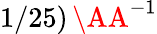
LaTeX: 1/25)\, \textup{\AA}^{-1}